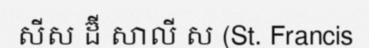
សីស ដ៊ី សាលី ស (St. Francis